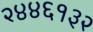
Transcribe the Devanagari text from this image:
२४४६१३२